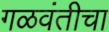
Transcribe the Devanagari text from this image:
गळवंतीचा